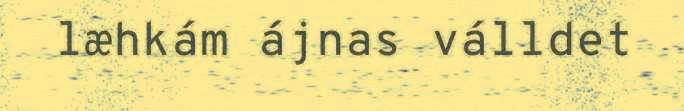
læhkám ájnas válldet